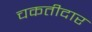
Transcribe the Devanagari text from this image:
चकतीदार